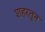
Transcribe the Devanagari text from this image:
शहरतून